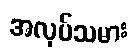
အလုပ်သမား